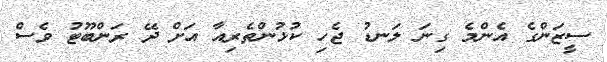
ސީޒަންގެ އެންމެ ގިނަ ލަނޑު ޖެހި ކުޅުންތެރިއާ އަށް ދޭ ރަންބޫޓު ވެސް